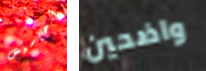
أحاسيس واضحين